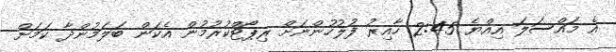
އެ މައްސަލަ އިއްޔެ 2:45 ހާއިރު ފުލުހުންނަށް ރިޕޯޓްކުރުމުން އެކަން ބަލަމުންދާ ކަމަށް